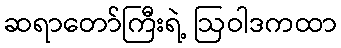
ဆရာတော်ကြီးရဲ့ ဩဝါဒကထာ